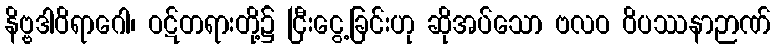
နိဗ္ဗဒါဝိရာဂေါ၊ ဝဋ်တရားတို့၌ ငြီးငွေ့ခြင်းဟု ဆိုအပ်သော ဗလဝ ဝိပဿနာဉာဏ်